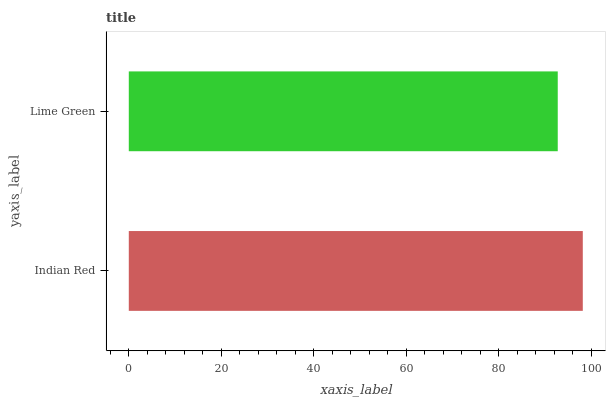
| yaxis_label | bars |
 | --- | --- |
 | Indian Red | 98.1 |
 | Lime Green | 92.7 |